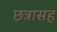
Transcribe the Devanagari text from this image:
छत्रासह